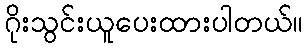
ဂိုးသွင်းယူပေးထားပါတယ်။